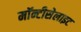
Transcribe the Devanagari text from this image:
मॉन्टीसेलाइट